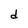
Character: d